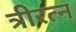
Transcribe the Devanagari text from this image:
त्रीरत्न